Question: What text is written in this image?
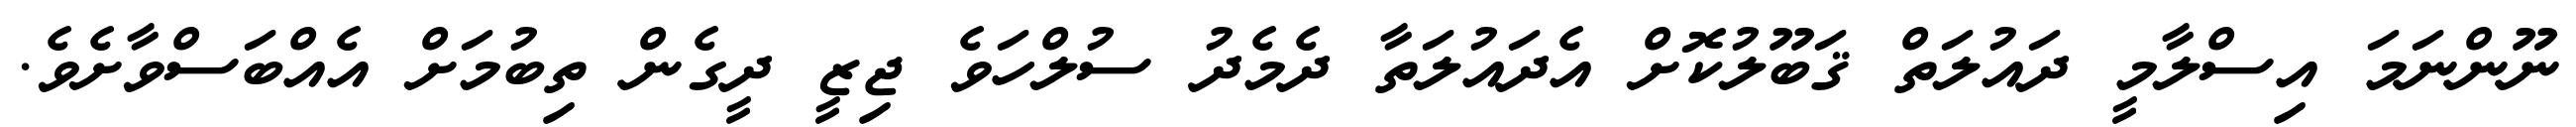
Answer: ނޫންނަމަ އިސްލާމީ ދައުލަތް ޤަބޫލުކޮށް އެދައުލަތާ ދެމެދު ސުލްހަވެ ޖިޒީ ދީގެން ތިބުމަށް އެއްބަސްވާށެވެ.